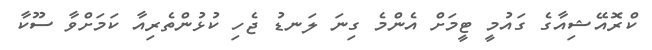
ކްރޮއޭޝިއާގެ ގައުމީ ޓީމަށް އެންމެ ގިނަ ލަނޑު ޖެހި ކުޅުންތެރިއާ ކަމަށްވާ ސޫކާ